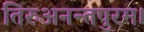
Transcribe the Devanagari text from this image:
तिरुअनन्तपुरम।